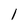
Character: l